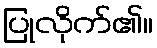
ပြုလိုက်၏။